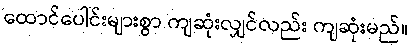
ထောင်ပေါင်းများစွာ ကျဆုံးလျှင်လည်း ကျဆုံးမည်။